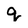
Character: q